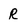
Character: R